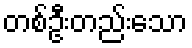
တစ်ဦးတည်းသော